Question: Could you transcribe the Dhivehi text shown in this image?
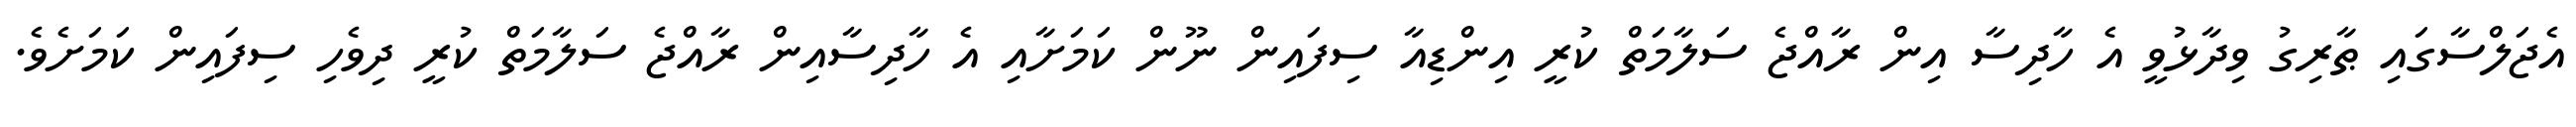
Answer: އެޖަލްސާގައި ޠާރިގު ވިދާޅުވީ އެ ހާދިސާ އިން ރާއްޖެ ސަލާމަތް ކުރީ އިންޑިއާ ސިފައިން ނޫން ކަމަށާއި އެ ހާދިސާއިން ރާއްޖެ ސަލާމަތް ކުރީ ދިވެހި ސިފައިން ކަމަށެވެ.